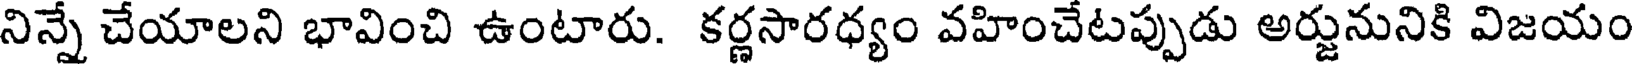
నిన్నే చేయాలని భావించి ఉంటారు. కర్ణసారధ్యం వహించేటప్పుడు అర్జునునికి విజయం